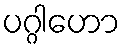
ပဂ္ဂါဟော